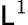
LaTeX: \mathsf{L}^{1}